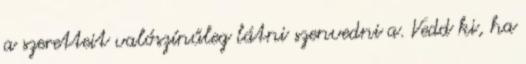
a szeretteit valószínűleg látni szenvedni a. Vedd ki, ha